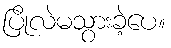
ပြိုလဲမသွားခဲ့ပေ။